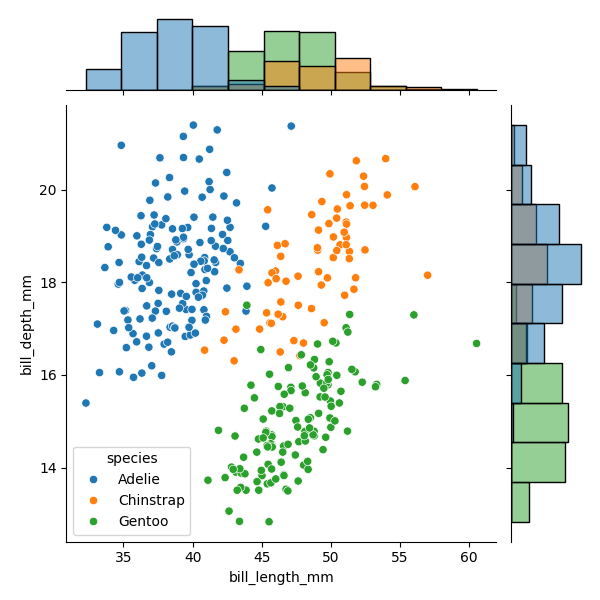
python, seaborn, JointGrid, scatterplot, histplot, hue